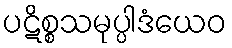
ပဋိစ္စသမုပ္ပါဒံယေဝ